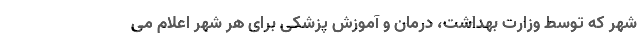
شهر که توسط وزارت بهداشت، درمان و آموزش پزشکی برای هر شهر اعلام می